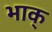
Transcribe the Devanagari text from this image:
भाक्‌